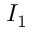
I _ { 1 }